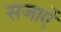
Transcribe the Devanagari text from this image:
सजाएें